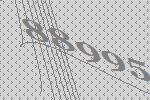
88995